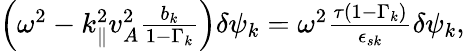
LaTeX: \begin{array}{r}{\left(\omega^{2}-k_{\parallel}^{2}v_{A}^{2}\frac{b_{k}}{1-\Gamma_{k}}\right)\delta\psi_{k}=\omega^{2}\frac{\tau\left(1-\Gamma_{k}\right)}{\epsilon_{s{k}}}\delta\psi_{k},}\end{array}